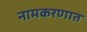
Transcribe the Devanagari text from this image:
नामकरणात